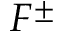
F ^ { \pm }